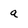
Character: a